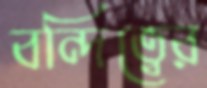
বন্দিত্বের